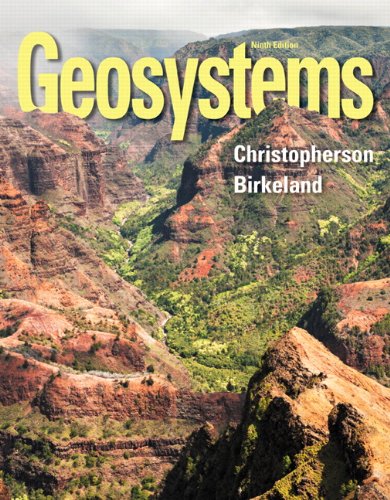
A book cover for Geosystems: An Introduction to Physical Geography (9th Edition); Robert W. Christopherson; Science & Math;